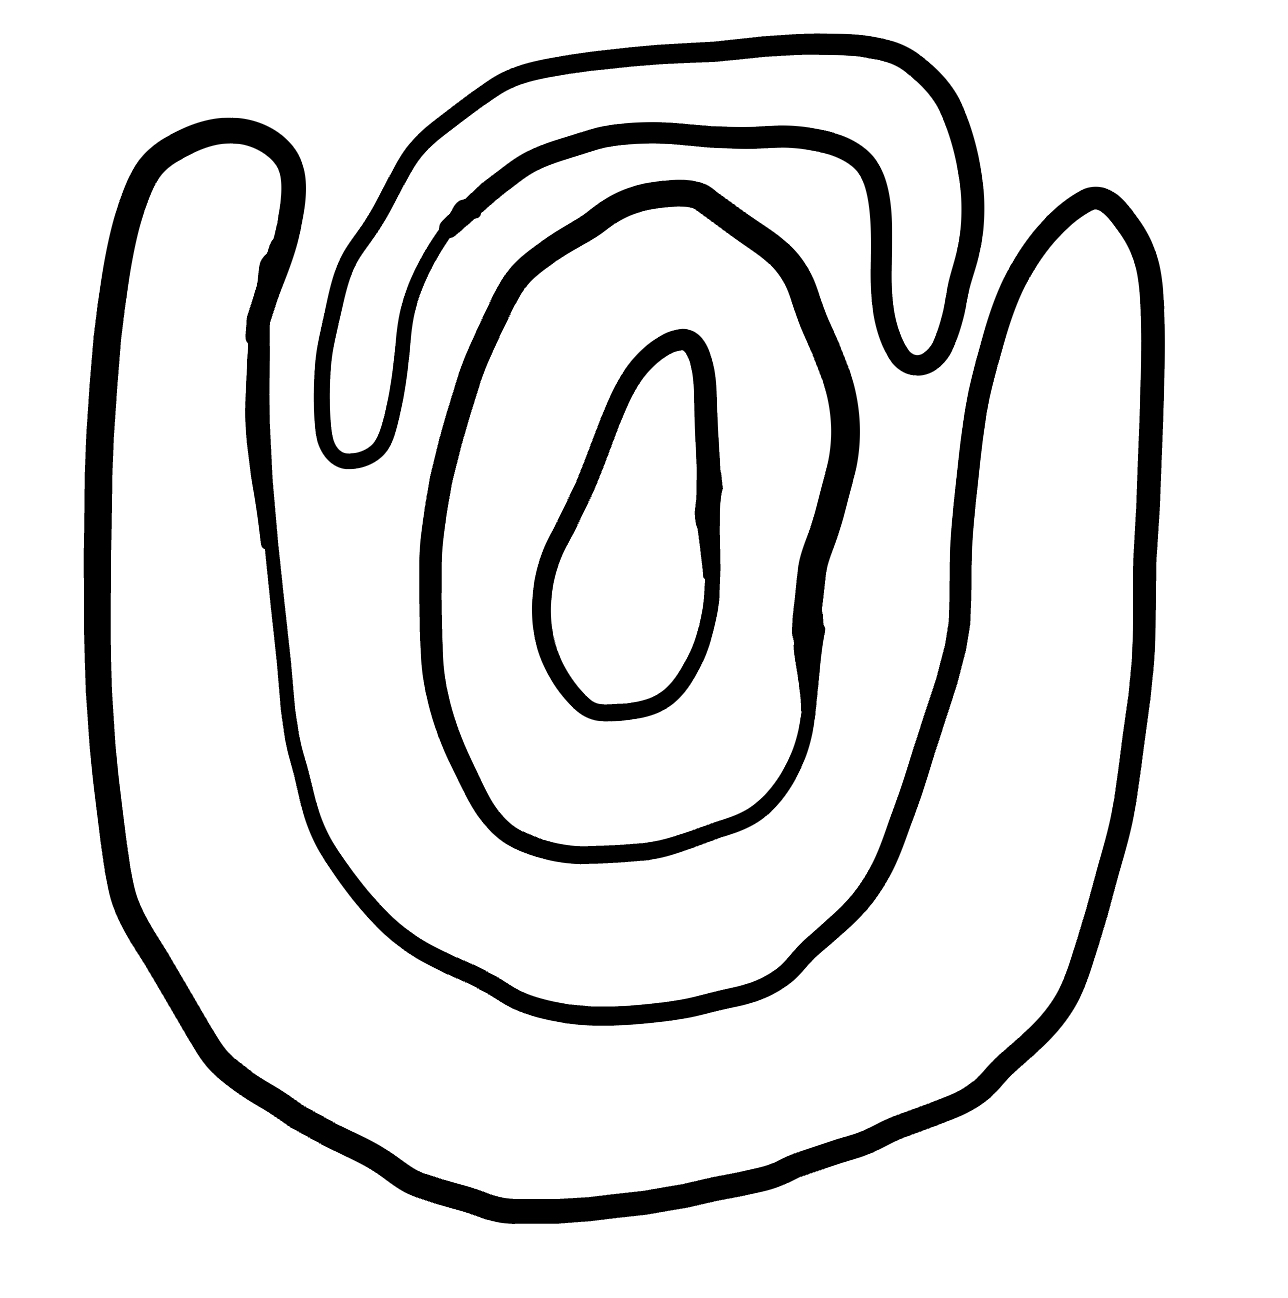
Number of regions (including the outer root region): 5
Containment tree edges (parent, child): 0, 1, 0, 3, 0, 4, 1, 2